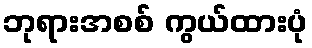
ဘုရားအစစ် ကွယ်ထားပုံ